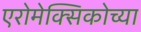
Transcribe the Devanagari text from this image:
एरोमेक्सिकोच्या